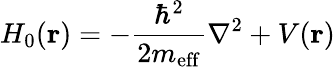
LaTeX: H_{0}(\textbf{r})=-\frac{\hbar^{2}}{2m_{\mathrm{eff}}}\nabla^{2}+V(\textbf{r})